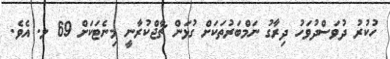
ހުކުރު ދުވަސްދުވަހު ދިރާގު ނަމްބަރުތަކަށް ގުޅަން ޗާޖްކުރާނީ މިނެޓަކަށް 69 ލ. އެވެ.